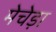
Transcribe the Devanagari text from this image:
मेचेड़ा